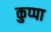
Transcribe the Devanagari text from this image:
कुप्‍पा